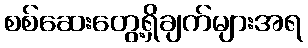
စစ်ဆေးတွေ့ရှိချက်များအရ